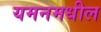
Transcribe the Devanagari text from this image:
यमनमधील